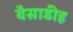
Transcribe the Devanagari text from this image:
वैसाडीह